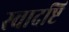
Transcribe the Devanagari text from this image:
स्वादष्टि